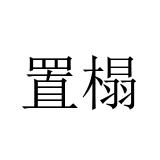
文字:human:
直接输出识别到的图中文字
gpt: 置榻